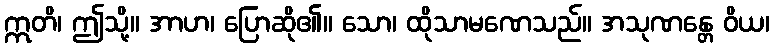
ဣတိ၊ ဤသို့။ အာဟ၊ ပြောဆို၏။ သော၊ ထိုသာမဏေသည်။ အသုဏန္တေ ဝိယ၊